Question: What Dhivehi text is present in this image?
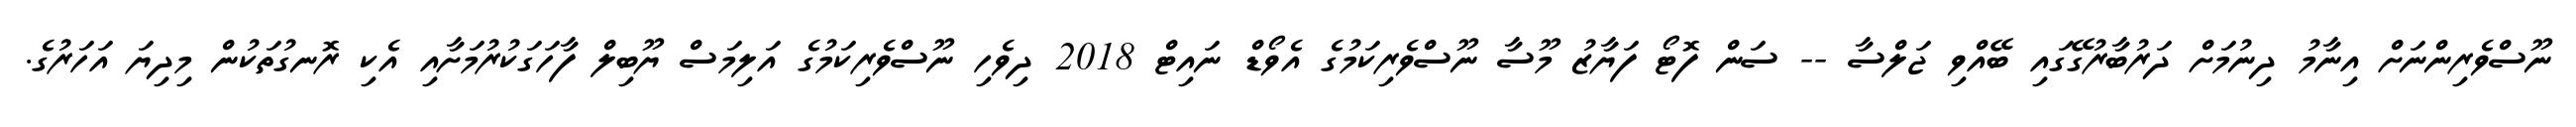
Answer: ނޫސްވެރިންނަށް އިނާމު ދިނުމަށް ދަރުބާރުގޭގައި ބޭއްވި ޖަލްސާ -- ސަން ފޮޓޯ ފަޔާޒު މޫސާ ނޫސްވެރިކަމުގެ އެވޯޑް ނައިޓް 2018 ދިވެހި ނޫސްވެރިކަމުގެ އަލިމަސް ޔޫބިލް ފާހަގަކުރުމަށާއި އެކި ރޮނގުތަކުން މިދިޔަ އަހަރުގެ.